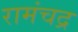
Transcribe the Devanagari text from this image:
रामंचद्र